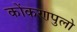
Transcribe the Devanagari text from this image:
कोंकणपुलो